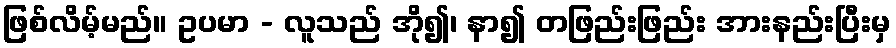
ဖြစ်လိမ့်မည်။ ဥပမာ - လူသည် အို၍၊ နာ၍ တဖြည်းဖြည်း အားနည်းပြီးမှ